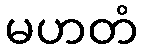
မဟတံ